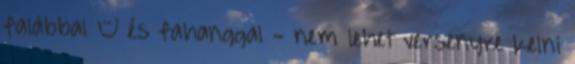
falábbal – és fahanggal - nem lehet versenyre kelni